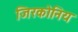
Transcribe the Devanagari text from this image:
जिरकोनिय